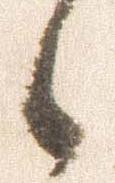
候